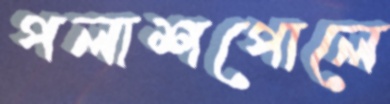
পলাশপোলে